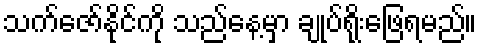
သက်ဇော်နိုင်ကို သည်နေ့မှာ ချုပ်ရိုးဖြေရမည်။